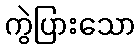
ကွဲပြားသော